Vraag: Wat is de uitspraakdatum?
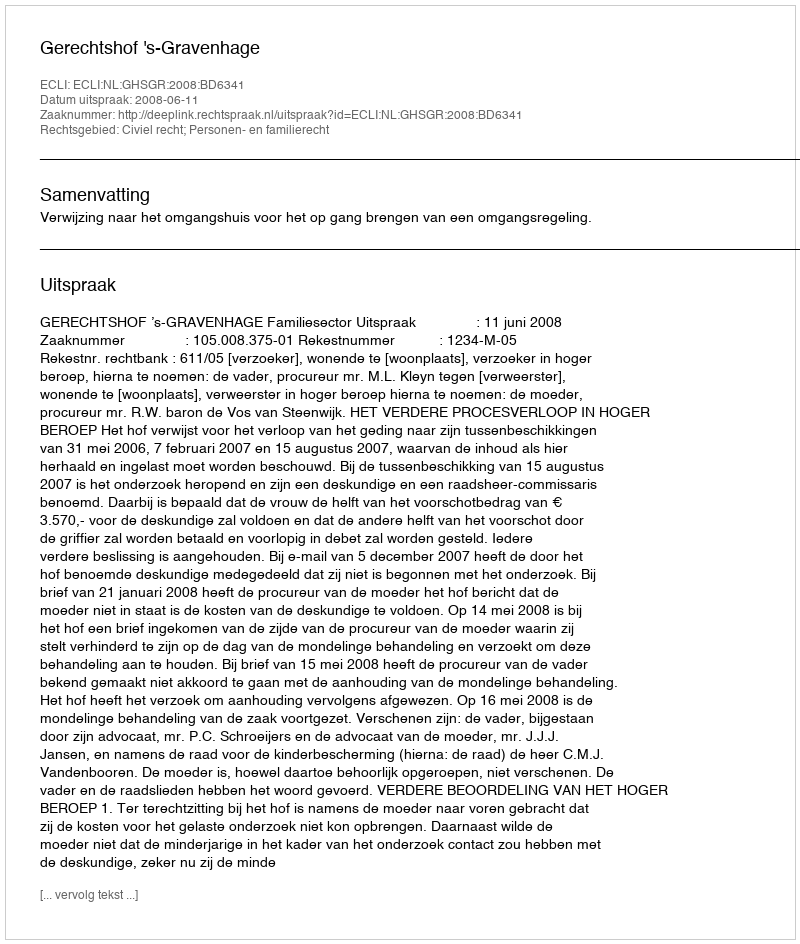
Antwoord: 2008-06-11